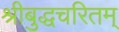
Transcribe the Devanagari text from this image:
श्रीबुद्धचरितम्